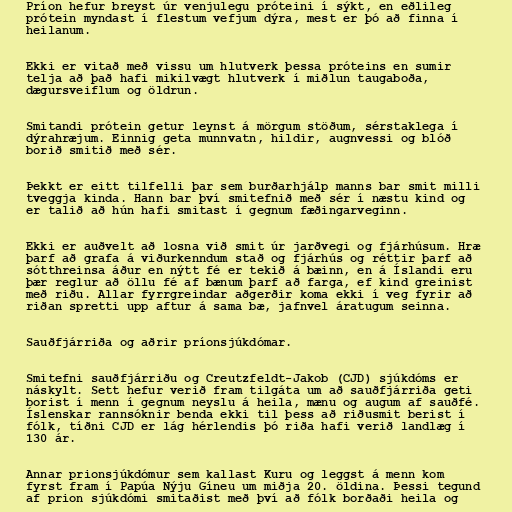
Príon hefur breyst úr venjulegu próteini í sýkt, en eðlileg
prótein myndast í flestum vefjum dýra, mest er þó að finna í
heilanum.

Ekki er vitað með vissu um hlutverk þessa próteins en sumir
telja að það hafi mikilvægt hlutverk í miðlun taugaboða,
dægursveiflum og öldrun.

Smitandi prótein getur leynst á mörgum stöðum, sérstaklega í
dýrahræjum. Einnig geta munnvatn, hildir, augnvessi og blóð
borið smitið með sér.

Þekkt er eitt tilfelli þar sem burðarhjálp manns bar smit milli
tveggja kinda. Hann bar því smitefnið með sér í næstu kind og
er talið að hún hafi smitast í gegnum fæðingarveginn.

Ekki er auðvelt að losna við smit úr jarðvegi og fjárhúsum. Hræ
þarf að grafa á viðurkenndum stað og fjárhús og réttir þarf að
sótthreinsa áður en nýtt fé er tekið á bæinn, en á Íslandi eru
þær reglur að öllu fé af bænum þarf að farga, ef kind greinist
með riðu. Allar fyrrgreindar aðgerðir koma ekki í veg fyrir að
riðan spretti upp aftur á sama bæ, jafnvel áratugum seinna.

Sauðfjárriða og aðrir príonsjúkdómar.

Smitefni sauðfjárriðu og Creutzfeldt-Jakob (CJD) sjúkdóms er
náskylt. Sett hefur verið fram tilgáta um að sauðfjárriða geti
borist í menn í gegnum neyslu á heila, mænu og augum af sauðfé.
Íslenskar rannsóknir benda ekki til þess að riðusmit berist í
fólk, tíðni CJD er lág hérlendis þó riða hafi verið landlæg í
130 ár.

Annar prionsjúkdómur sem kallast Kuru og leggst á menn kom
fyrst fram í Papúa Nýju Gíneu um miðja 20. öldina. Þessi tegund
af prion sjúkdómi smitaðist með því að fólk borðaði heila og